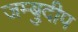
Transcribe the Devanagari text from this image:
जम्बुदीप